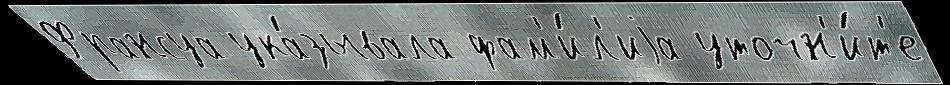
Франсуа ука́зывала фам'и́л'иjа уточн'и́т'е